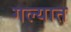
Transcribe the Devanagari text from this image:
गल्यात